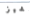
تشيز